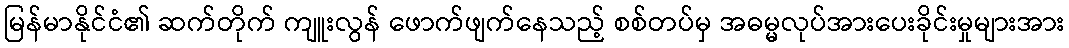
မြန်မာနိုင်ငံ၏ ဆက်တိုက် ကျူးလွန် ဖောက်ဖျက်နေသည့် စစ်တပ်မှ အဓမ္မလုပ်အားပေးခိုင်းမှုများအား